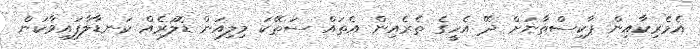
އެމެރިކާއިން ޕާކިސްތާނަށް ދޭ އެހީގެ ތެރެއިން އެތައް ސަތޭކަ މިލިއަން ޑޮލަރެއް ކަނޑާލާފައިވާކަން